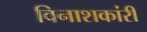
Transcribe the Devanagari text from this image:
विनाशकांरी